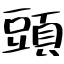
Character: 頭